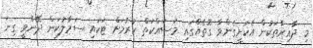
މި ދާއިރާތަކުން އެކަށީގެންވާ ގޮތެއްގައި މަސައްކަތް ކުރުމަށް ޓަކައި ސަމާލުކަން ދޭންވީ ގިނަ